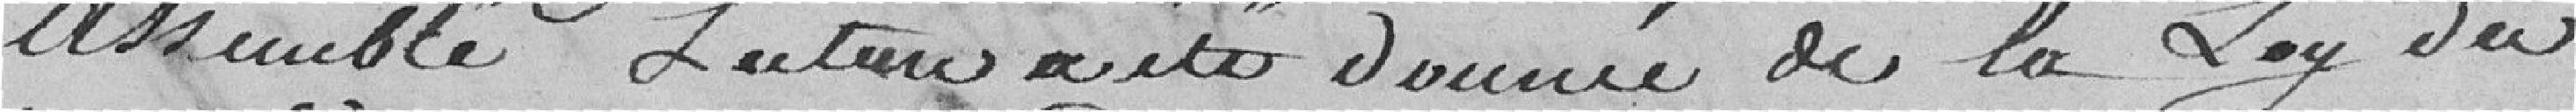
Assemblé Lecture a été donnée de la Loy du